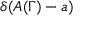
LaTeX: \delta ( A ( \Gamma ) - a )